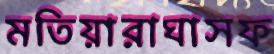
মতিয়ারাঘাসফ